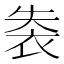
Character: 𧙍